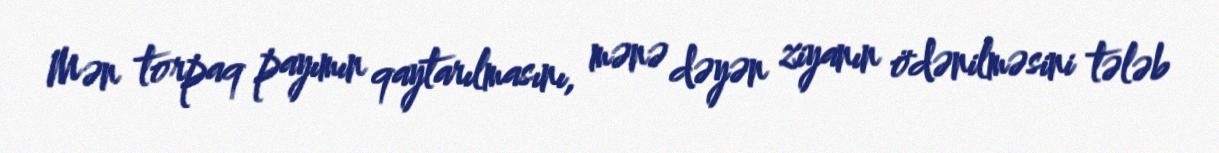
Mən torpaq payımın qaytarılmasını, mənə dəyən ziyanın ödənilməsini tələb